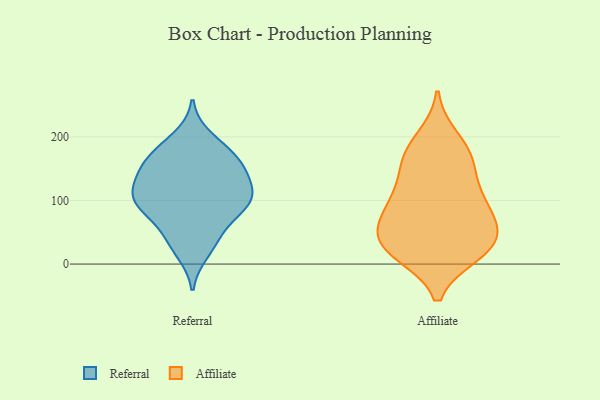
{"axis": {"x": "Latency (ms)", "y": "Value"}, "legend": ["Affiliate", "Referral"], "data": [{"x": "", "y": 111, "type": "Referral"}, {"x": "", "y": 87, "type": "Referral"}, {"x": "", "y": 96, "type": "Referral"}, {"x": "", "y": 39, "type": "Referral"}, {"x": "", "y": 138, "type": "Referral"}, {"x": "", "y": 92, "type": "Referral"}, {"x": "", "y": 119, "type": "Referral"}, {"x": "", "y": 178, "type": "Referral"}, {"x": "", "y": 100, "type": "Referral"}, {"x": "", "y": 82, "type": "Referral"}, {"x": "", "y": 19, "type": "Referral"}, {"x": "", "y": 43, "type": "Referral"}, {"x": "", "y": 162, "type": "Referral"}, {"x": "", "y": 170, "type": "Referral"}, {"x": "", "y": 117, "type": "Referral"}, {"x": "", "y": 198, "type": "Referral"}, {"x": "", "y": 147, "type": "Referral"}, {"x": "", "y": 156, "type": "Referral"}, {"x": "", "y": 84, "type": "Affiliate"}, {"x": "", "y": 139, "type": "Affiliate"}, {"x": "", "y": 159, "type": "Affiliate"}, {"x": "", "y": 63, "type": "Affiliate"}, {"x": "", "y": 16, "type": "Affiliate"}, {"x": "", "y": 16, "type": "Affiliate"}, {"x": "", "y": 44, "type": "Affiliate"}, {"x": "", "y": 32, "type": "Affiliate"}, {"x": "", "y": 100, "type": "Affiliate"}, {"x": "", "y": 92, "type": "Affiliate"}, {"x": "", "y": 105, "type": "Affiliate"}, {"x": "", "y": 165, "type": "Affiliate"}, {"x": "", "y": 180, "type": "Affiliate"}, {"x": "", "y": 39, "type": "Affiliate"}, {"x": "", "y": 53, "type": "Affiliate"}, {"x": "", "y": 198, "type": "Affiliate"}, {"x": "", "y": 18, "type": "Affiliate"}]}